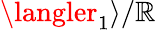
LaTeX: \langler_{1}\rangle/\mathbb{R}